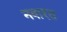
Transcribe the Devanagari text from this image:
नवारत